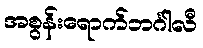
အစွန်းရောက်ဘင်္ဂါလီ